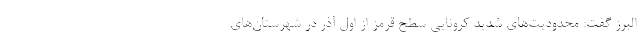
البرز گفت: محدودیت‌های شدید کرونایی سطح قرمز از اول آذر در شهرستان‌های